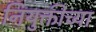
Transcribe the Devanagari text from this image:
नियुक्तीच्या